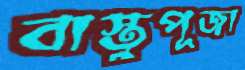
বাস্তুপূজা